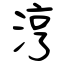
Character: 涥